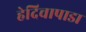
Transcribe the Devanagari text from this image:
हेदिचापाडा